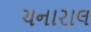
ચનારાલ